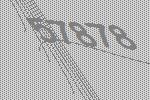
57878